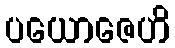
ပယောဇေဟိ